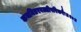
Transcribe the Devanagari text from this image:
कथमितरवल्लीपरिकरैः॥१०॥